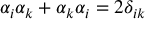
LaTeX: \alpha _ { i } \alpha _ { k } + \alpha _ { k } \alpha _ { i } = 2 \delta _ { i k }